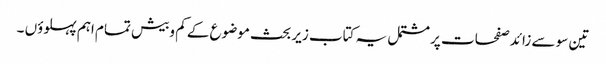
تین سو سے زائد صفحات پر مشتمل یہ کتاب زیر بحث موضوع کے کم وبیش تمام اہم پہلوؤں ۔